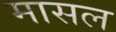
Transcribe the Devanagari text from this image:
मासल